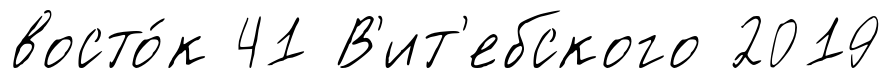
восто́к 41 В'ит'ебского 2019